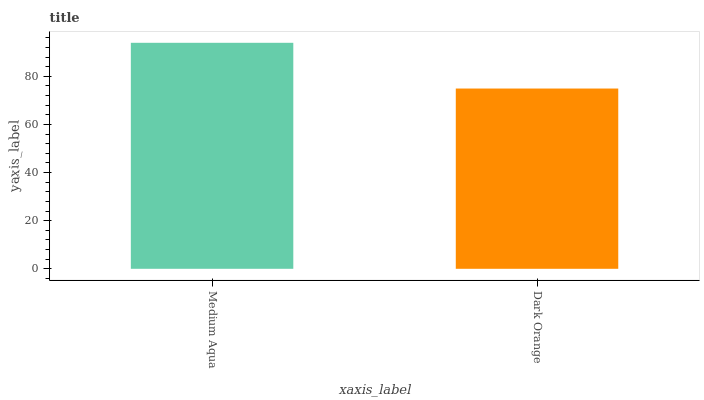
| xaxis_label | bars |
 | --- | --- |
 | Medium Aqua | 93.9 |
 | Dark Orange | 74.9 |